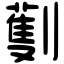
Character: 劐